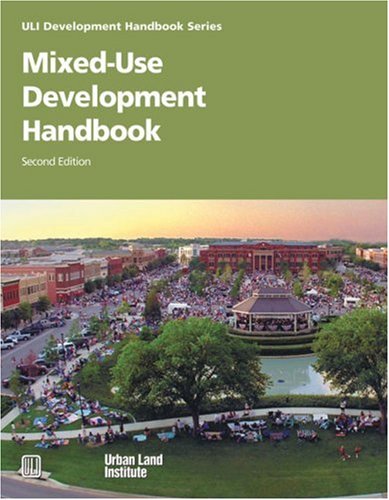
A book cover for Mixed-Use Development Handbook (Development Handbook series); Dean Schwanke; Arts & Photography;